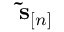
\ensuremath { \mathbf { \tilde { s } } } _ { [ n ] }